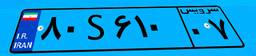
۸۰S۶۱۰۰۷